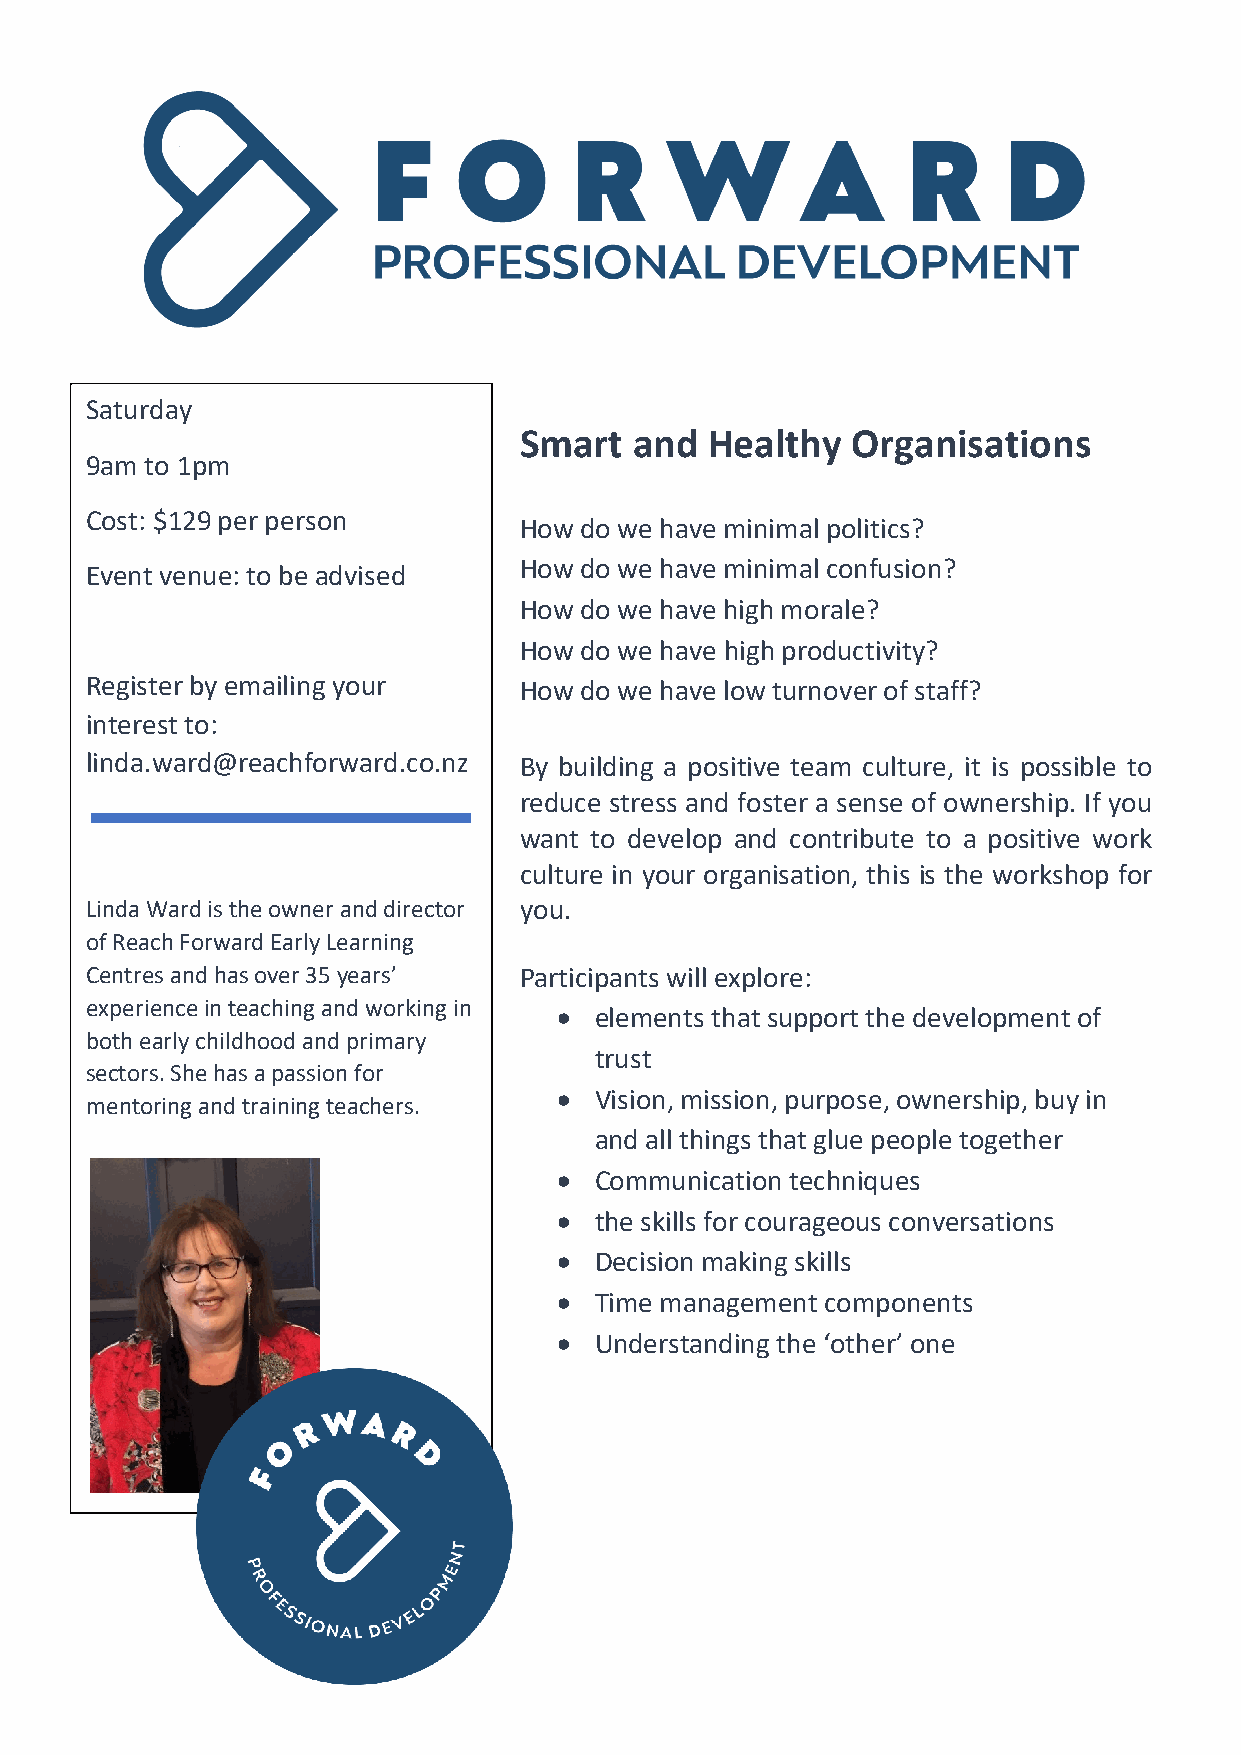
Saturday
 Smart   and  Healthy  Organisations
 9am to 1pm
 Cost: $129 per person
 How do we have minimal politics?
 Event venue: to be advised  How do we have minimal confusion?
 How do we have high morale?
 How do we have high productivity?
 Register by emailing your   How do we have low turnover of staff?
 interest to:
 linda.ward@reachforward.co.nz By building a positive team culture, it is possible to
 reduce stress and foster a sense of ownership. If you
 want to develop and contribute to a positive work
 culture in your organisation, this is the workshop for
 Linda Ward is the owner and director you.
 of Reach Forward Early Learning
 Centres and has over 35 years’ Participants will explore:
 experience in teaching and working in • elements that support the development of
 both early childhood and primary
 trust
 sectors. She has a passion for
 • Vision, mission, purpose, ownership, buy in
 mentoring and training teachers.
 and all things that glue people together
 • Communication techniques
 • the skills for courageous conversations
 • Decision making skills
 • Time management components
 • Understanding the ‘other’ one